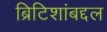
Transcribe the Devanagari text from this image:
ब्रिटिशांबद्दल